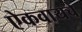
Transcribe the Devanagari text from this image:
ऐकवायचे